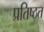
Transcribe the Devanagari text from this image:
प्रतिष्ठ्त